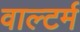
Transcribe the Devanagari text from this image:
वाल्टर्म